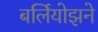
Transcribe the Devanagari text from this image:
बर्लियोझने